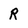
Character: R